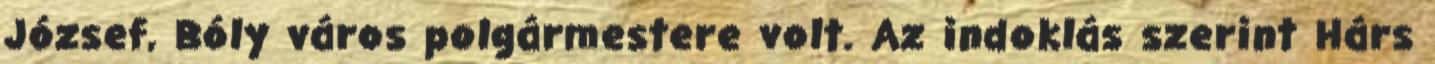
József, Bóly város polgármestere volt. Az indoklás szerint Hárs